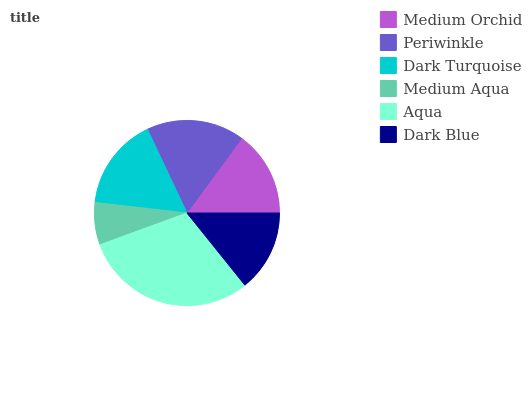
| Medium Orchid | Periwinkle | Dark Turquoise | Medium Aqua | Aqua | Dark Blue |
 | --- | --- | --- | --- | --- | --- |
 | 14.9% | 17% | 16.2% | 7.38% | 30.2% | 14.2% |